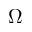
\Omega